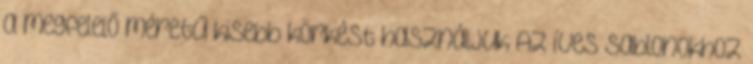
a megfelelő méretű kisebb körkést használjuk Az íves sablonokhoz